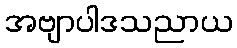
အဗျာပါဒသညာယ